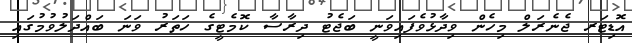
އޮޑިޓަރ ޖެނެރަލް މިހެން ވިދާޅުވެފައިވަނީ ބަޖެޓު ދިރާސާ ކޮމެޓީގެ ހަތަރު ވަނަ ބައްދަލުވުމުގައި